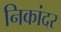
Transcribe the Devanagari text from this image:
निकांदर